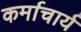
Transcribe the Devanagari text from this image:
कर्माचार्य